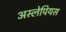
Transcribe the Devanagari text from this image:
अस्लेपियस